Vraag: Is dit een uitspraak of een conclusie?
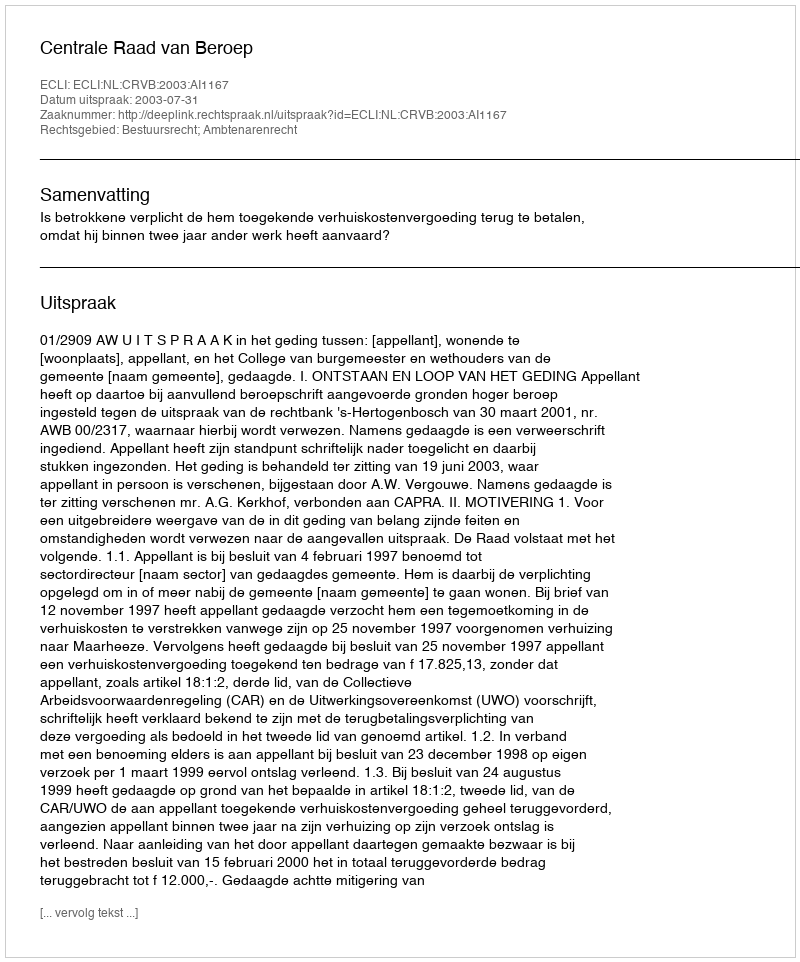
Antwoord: Uitspraak